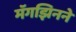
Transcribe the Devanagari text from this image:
मॅगझिनने